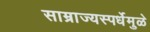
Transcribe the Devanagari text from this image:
साम्राज्यस्पर्धेमुळे